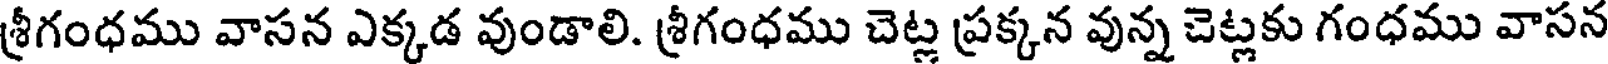
శ్రీగంధము వాసన ఎక్కడ వుండాలి. శ్రీగంధము చెట్ల ప్రక్కన వున్న చెట్లకు గంధము వాసన